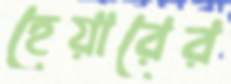
হেয়ারের